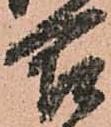
合